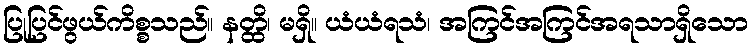
ပြုပြင်ဖွယ်ကိစ္စသည်။ နတ္ထိ၊ မရှိ။ ယံယံရသံ၊ အကြင်အကြင်အရသာရှိသော